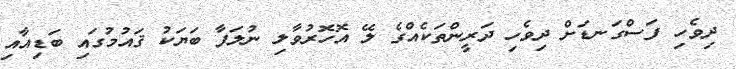
ދިވެހި ފަސްގަނޑަށް ދިވެހި ދަރީންތަކެއްގެ ލޭ އޮހޮރުވާލި ނުލަފާ ބަޔަކު ޤައުމުގައި ބަޑިއާއި